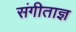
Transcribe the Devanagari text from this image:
संगीताज्ञ